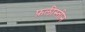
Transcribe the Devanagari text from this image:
फ़लीस्तीन